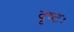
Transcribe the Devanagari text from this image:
दृष्टः